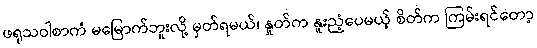
ဖရုသဝါစာကံ မမြောက်ဘူးလို့ မှတ်ရမယ်၊ နှုတ်က နူးညံ့ပေမယ့် စိတ်က ကြမ်းရင်တော့